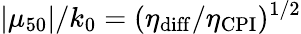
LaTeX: |\mu_{50}|/k_{0}=(\eta_{\mathrm{diff}}/\eta_{\mathrm{CPI}})^{1/2}